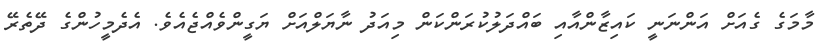
މާމަގެ ގެއަށް އަންނަނީ ކައިޒާންއާއި ބައްދަލުކުރަންކަން މިއަދު ނާޔަލްއަށް ޔަގީންވެއްޖެއެވެ. އެދެމީހުންގެ ދޭތެރޭ